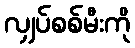
လျှပ်စစ်မီးကို